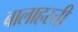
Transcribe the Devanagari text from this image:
बालाहस्ती